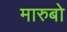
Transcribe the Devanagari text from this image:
मारुबो